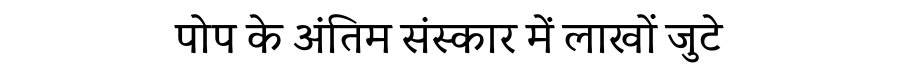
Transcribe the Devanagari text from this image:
पोप के अंतिम संस्कार में लाखों जुटे